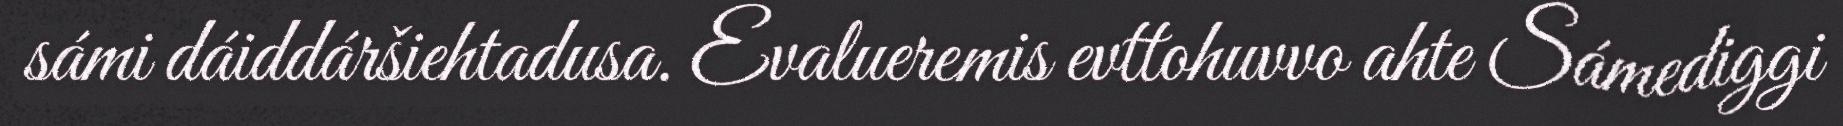
sámi dáiddáršiehtadusa. Evalueremis evttohuvvo ahte Sámediggi